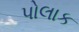
પોલાક